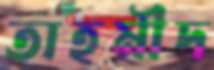
তাহমীদ